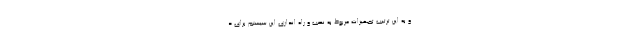
و به این ترتیب تجهیزات مربوط به نصب و راه اندازی این سیستم برای د